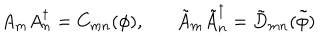
LaTeX: A _ { m } A _ { n } ^ { \dagger } = C _ { m n } ( \phi ) , \tilde { A } _ { m } \tilde { A } _ { n } ^ { \dagger } = \tilde { D } _ { m n } ( \tilde { \phi } )